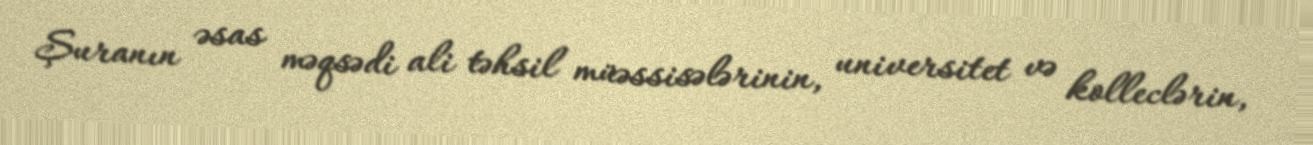
Şuranın əsas məqsədi ali təhsil müəssisələrinin, universitet və kolleclərin,